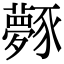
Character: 𧲎